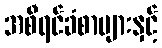
အစီရင်ခံစာများနှင့်